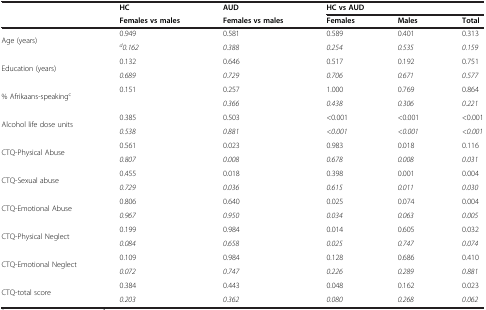
<table><thead><tr><td></td><td><b>HC</b></td><td><b>AUD</b></td><td colspan="3"><b>HC vs AUD</b></td></tr><tr><td></td><td><b>Females vs males</b></td><td><b>Females vs males</b></td><td><b>Females</b></td><td><b>Males</b></td><td><b>Total</b></td></tr></thead><tbody><tr><td rowspan="2">Age (years)</td><td>0.949</td><td>0.581</td><td>0.589</td><td>0.401</td><td>0.313</td></tr><tr><td><sup><i>d</i></sup><i>0.162</i></td><td><i>0.388</i></td><td><i>0.254</i></td><td><i>0.535</i></td><td><i>0.159</i></td></tr><tr><td rowspan="2">Education (years)</td><td>0.132</td><td>0.646</td><td>0.517</td><td>0.192</td><td>0.751</td></tr><tr><td><i>0.689</i></td><td><i>0.729</i></td><td><i>0.706</i></td><td><i>0.671</i></td><td><i>0.577</i></td></tr><tr><td rowspan="2">% Afrikaans-speaking<sup>c</sup></td><td>0.151</td><td>0.257</td><td>1.000</td><td>0.769</td><td>0.864</td></tr><tr><td></td><td><i>0.366</i></td><td><i>0.438</i></td><td><i>0.306</i></td><td><i>0.221</i></td></tr><tr><td rowspan="2">Alcohol life dose units</td><td>0.385</td><td>0.503</td><td>&lt;0.001</td><td>&lt;0.001</td><td>&lt;0.001</td></tr><tr><td><i>0.538</i></td><td><i>0.881</i></td><td><i>&lt;0.001</i></td><td><i>&lt;0.001</i></td><td><i>&lt;0.001</i></td></tr><tr><td rowspan="2">CTQ-Physical Abuse</td><td>0.561</td><td>0.023</td><td>0.983</td><td>0.018</td><td>0.116</td></tr><tr><td><i>0.807</i></td><td><i>0.008</i></td><td><i>0.678</i></td><td><i>0.008</i></td><td><i>0.031</i></td></tr><tr><td rowspan="2">CTQ-Sexual abuse</td><td>0.455</td><td>0.018</td><td>0.398</td><td>0.001</td><td>0.004</td></tr><tr><td><i>0.729</i></td><td><i>0.036</i></td><td><i>0.615</i></td><td><i>0.011</i></td><td><i>0.030</i></td></tr><tr><td rowspan="2">CTQ-Emotional Abuse</td><td>0.806</td><td>0.640</td><td>0.025</td><td>0.074</td><td>0.004</td></tr><tr><td><i>0.967</i></td><td><i>0.950</i></td><td><i>0.034</i></td><td><i>0.063</i></td><td><i>0.005</i></td></tr><tr><td rowspan="2">CTQ-Physical Neglect</td><td>0.199</td><td>0.984</td><td>0.014</td><td>0.605</td><td>0.032</td></tr><tr><td><i>0.084</i></td><td><i>0.658</i></td><td><i>0.025</i></td><td><i>0.747</i></td><td><i>0.074</i></td></tr><tr><td rowspan="2">CTQ-Emotional Neglect</td><td>0.109</td><td>0.984</td><td>0.128</td><td>0.686</td><td>0.410</td></tr><tr><td><i>0.072</i></td><td><i>0.747</i></td><td><i>0.226</i></td><td><i>0.289</i></td><td><i>0.881</i></td></tr><tr><td rowspan="2">CTQ-total score</td><td>0.384</td><td>0.443</td><td>0.048</td><td>0.162</td><td>0.023</td></tr><tr><td><i>0.203</i></td><td><i>0.362</i></td><td><i>0.080</i></td><td><i>0.268</i></td><td><i>0.062</i></td></tr></tbody></table>